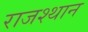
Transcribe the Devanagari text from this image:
राजश्थान